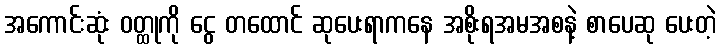
အကောင်းဆုံး ဝတ္ထုကို ငွေ တထောင် ဆုပေးရာကနေ အစိုးရအမအစနဲ့ စာပေဆု ပေးတဲ့